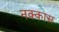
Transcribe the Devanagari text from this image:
नक्कास